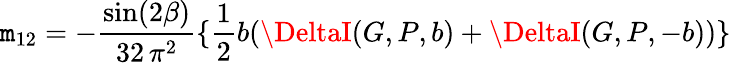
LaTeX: \mathtt{m}_{12}=-\frac{{\sin(2\beta)}}{{32\, \pi^{2}}}\{ \frac{{1}}{{2}}b(\DeltaI(G,P,b)+\DeltaI(G,P,-b))\}